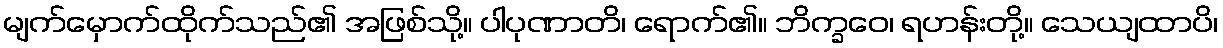
မျက်မှောက်ထိုက်သည်၏ အဖြစ်သို့။ ပါပုဏာတိ၊ ရောက်၏။ ဘိက္ခဝေ၊ ရဟန်းတို့။ သေယျထာပိ၊